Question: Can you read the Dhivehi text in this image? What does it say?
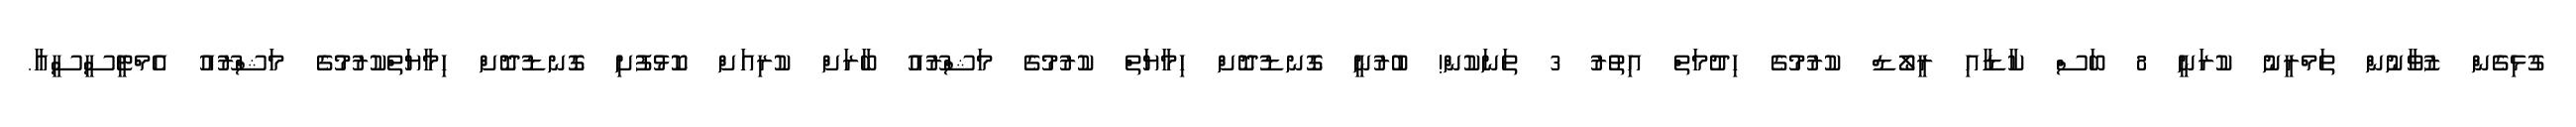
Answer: ގުޅިގެން ޒުވާނުން ތަމްރީނު ކުރަނީ 8 ބަސް ކާޑާއި ރީލޯޑް ކުރުމުގެ ހިދުމަތް އިތުރު 3 ތަނަކުން! ބުރުނީ ގޮނޑުދޮށް ހިމާޔަތް ކުރުމުގެ މަޝްރޫއު ބާރަށް ކުރިއަށް ކޮޅުފުށި ގޮނޑުދޮށް ހިމާޔަތްކުރުމުގެ މަޝްރޫއު އެމްޓީސީސީއާ.